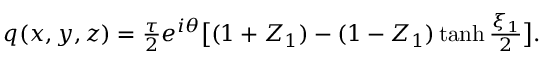
\begin{array} { r } { q ( x , y , z ) = \frac { \tau } { 2 } e ^ { i \theta } \big [ ( 1 + Z _ { 1 } ) - ( 1 - Z _ { 1 } ) \operatorname { t a n h } \frac { \xi _ { 1 } } { 2 } \big ] . } \end{array}